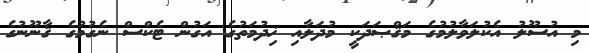
މި އުސޫލު އެކުލަވާލުމުގެ މަޤްޞަދަކީ މުދަލާއި ޚިދުމަތުގެ އަގުން ޓެކްސް ނެގުމުގެ ޤާނޫނުގެ